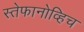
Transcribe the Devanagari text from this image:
स्तेफानोव्हिच